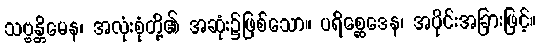
သဗ္ဗန္တိမေန၊ အလုံးစုံတို့၏ အဆုံး၌ဖြစ်သော။ ပရိစ္ဆေဒေန၊ အပိုင်းအခြားဖြင့်။